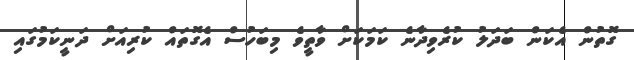
ގޮތުން އެކަން ބަދަލު ކުރެވިދާނެ ކަމަކަށް ވާތީވެ މިބަހުސް އެގޮތައް ކުރިއަށް ދަނީކަމުގައި